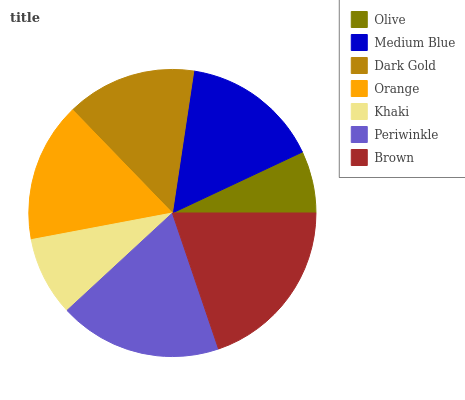
| Olive | Medium Blue | Dark Gold | Orange | Khaki | Periwinkle | Brown |
 | --- | --- | --- | --- | --- | --- | --- |
 | 6.99% | 15.7% | 14.6% | 15.7% | 8.92% | 18.3% | 19.8% |